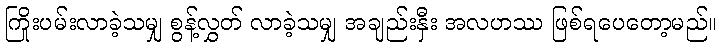
ကြိုးပမ်းလာခဲ့သမျှ စွန့်လွှတ် လာခဲ့သမျှ အချည်းနှီး အလဟဿ ဖြစ်ရပေတော့မည်။